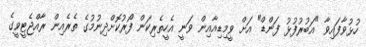
ހުޅުވާފައިވާ "އަބުރުފުޅު ފަންޑް" އަށް ވީމިޑިއާއިން ވަނީ އެހީތެރިކަން ފޯރުކޮށްދިނުމުގެ ތެރެއިން ރާއްޖެޓީވީގެ